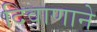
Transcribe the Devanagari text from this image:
दिवाणाने